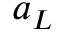
a _ { L }